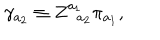
\gamma _ { a _ { 2 } } \equiv Z _ { \; \; a _ { 2 } } ^ { a _ { 1 } } \pi _ { a _ { 1 } } ,